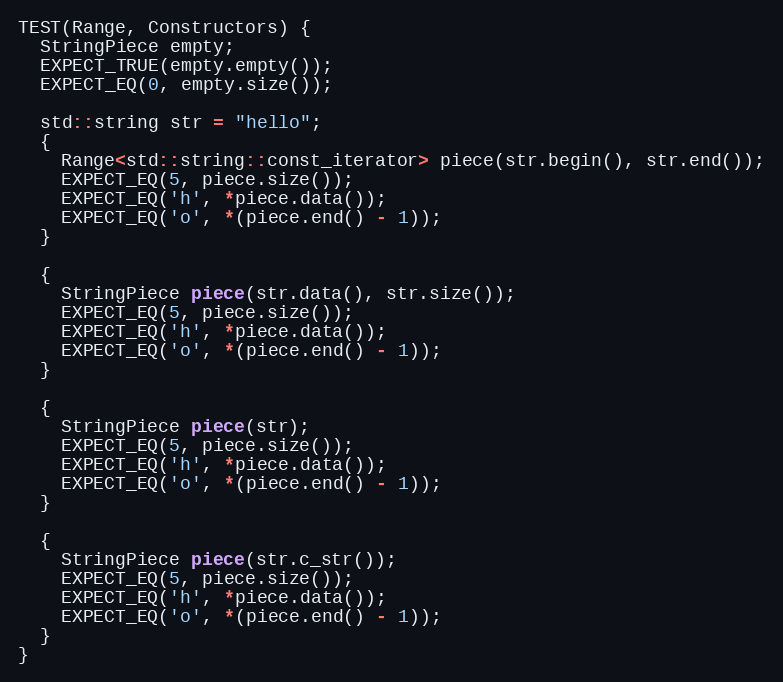
Language: C++
TEST(Range, Constructors) {
  StringPiece empty;
  EXPECT_TRUE(empty.empty());
  EXPECT_EQ(0, empty.size());

  std::string str = "hello";
  {
    Range<std::string::const_iterator> piece(str.begin(), str.end());
    EXPECT_EQ(5, piece.size());
    EXPECT_EQ('h', *piece.data());
    EXPECT_EQ('o', *(piece.end() - 1));
  }

  {
    StringPiece piece(str.data(), str.size());
    EXPECT_EQ(5, piece.size());
    EXPECT_EQ('h', *piece.data());
    EXPECT_EQ('o', *(piece.end() - 1));
  }

  {
    StringPiece piece(str);
    EXPECT_EQ(5, piece.size());
    EXPECT_EQ('h', *piece.data());
    EXPECT_EQ('o', *(piece.end() - 1));
  }

  {
    StringPiece piece(str.c_str());
    EXPECT_EQ(5, piece.size());
    EXPECT_EQ('h', *piece.data());
    EXPECT_EQ('o', *(piece.end() - 1));
  }
}